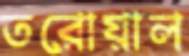
তরোয়াল